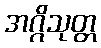
အဂ္ဂိသုတ္တ